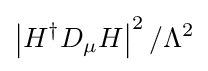
\left|H^{\dagger }D_{\mu }H\right|^{2}/\Lambda ^{2}